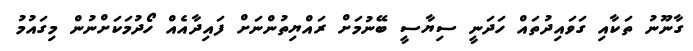
ގާނޫނު ތަކާއި ގަވައިދުތައް ހަދަނީ ސިޔާސީ ބޭނުމަށް ރައްޔިތުންނަށް ފައިދާއެއް ހޯދުމަކަށްނުން މިގައުމު